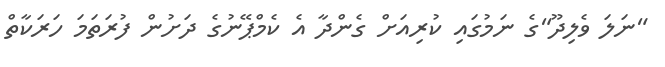
"ނަލަ ވެލިދޫ"ގެ ނަމުގައި ކުރިއަށް ގެންދާ އެ ކެމްޕޭނުގެ ދަށުން ފުރަތަމަ ހަރަކާތް